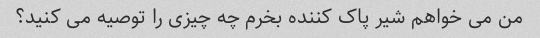
من می خواهم شیر پاک کننده بخرم چه چیزی را توصیه می کنید؟